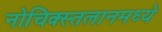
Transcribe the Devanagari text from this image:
नोचिक्स्तलानमध्ये